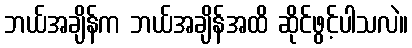
ဘယ်အချိန်က ဘယ်အချိန်အထိ ဆိုင်ဖွင့်ပါသလဲ။